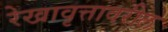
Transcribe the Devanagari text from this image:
रेखावृत्तावरील